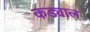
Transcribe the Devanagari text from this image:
कड्याल